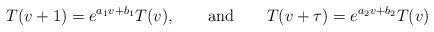
LaTeX: \begin{align*}T(v+1)= e^{a_1 v +b_1} T(v), \qquad {\rm and } \qquad T(v+\tau)= e^{a_2 v +b_2} T(v)\end{align*}